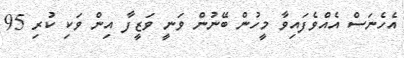
އެހެނަސް އެއްވެފައިވާ މީހުން ބޭނުން ވަނީ ވަޒީފާ އިން ވަކި ކުރި 95